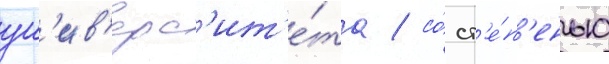
ун'ив'ерс'ит'е́та / со́ ст'е́п'енью